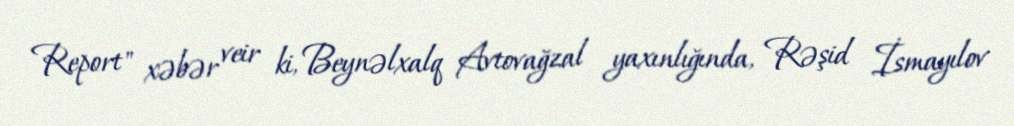
Report" xəbər veir ki, Beynəlxalq Avtovağzal yaxınlığında, Rəşid İsmayılov